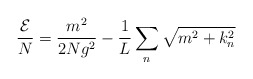
\begin{align*}\frac{{\cal E}}{N} = \frac{m^2}{2Ng^2} - \frac{1}{L} \sum_n \sqrt{m^2+k_n^2}\end{align*}